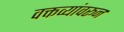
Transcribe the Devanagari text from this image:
वक्तव्यांवरून